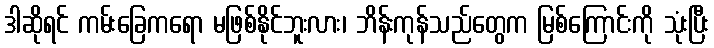
ဒါဆိုရင် ကမ်းခြေကရော မဖြစ်နိုင်ဘူးလား၊ ဘိန်းကုန်သည်တွေက မြစ်ကြောင်းကို သုံးပြီး